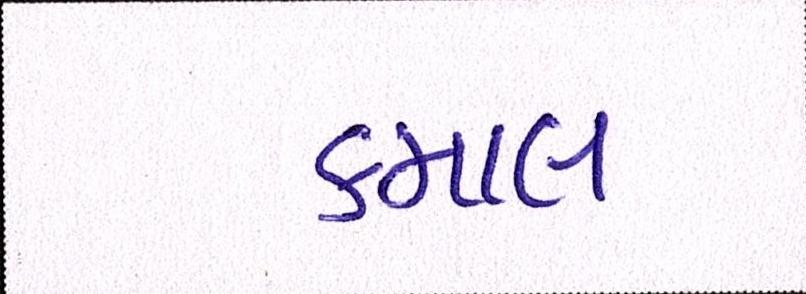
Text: કમાલ